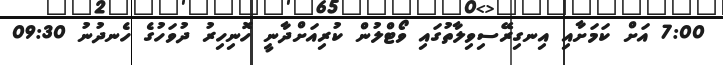
7:00 އަށް ކަމަށާއި އިނގިރޭސިވިލާތުގައި ވޯޓްލުން ކުރިއަށްދާނީ ހޮނިހިރު ދުވަހުގެ ހެނދުނު 09:30